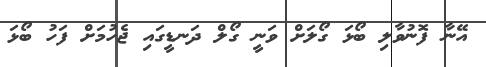
އޭނާ ފޮނުވާލި ބޯޅަ ގޯލަށް ވަނީ ގޯލް ދަނޑީގައި ޖެހުމަށް ފަހު ބޯޅަ